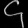
Digit: ၄